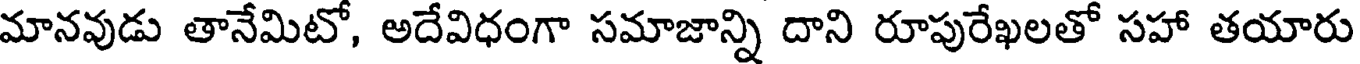
మానవుడు తానేమిటో, అదేవిధంగా సమాజాన్ని దాని రూపురేఖలతో సహా తయారు